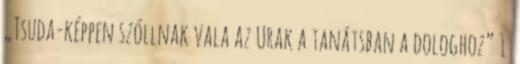
„Tsuda-képpen szóllnak vala az Urak a tanátsban a dologhoz” 1